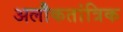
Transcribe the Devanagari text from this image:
अलौकतांत्रिक